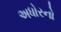
અધોરનો